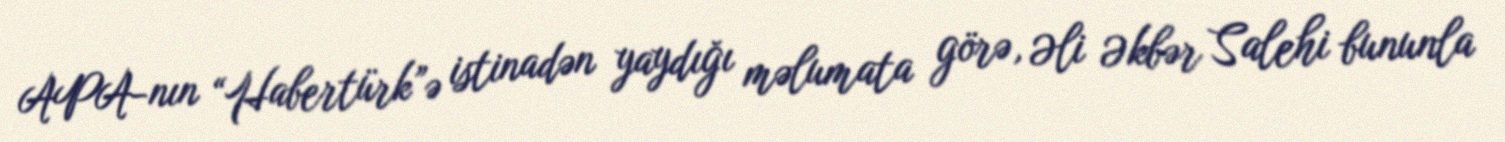
APA-nın “Habertürk”ə istinadən yaydığı məlumata görə, Əli Əkbər Salehi bununla